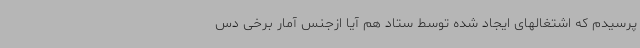
پرسیدم که اشتغالهای ایجاد شده توسط ستاد هم آیا ازجنس آمار برخی دس